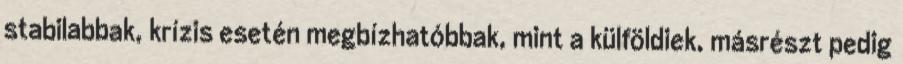
stabilabbak, krízis esetén megbízhatóbbak, mint a külföldiek, másrészt pedig